Scottish Leaving Certificate Examination, 1956
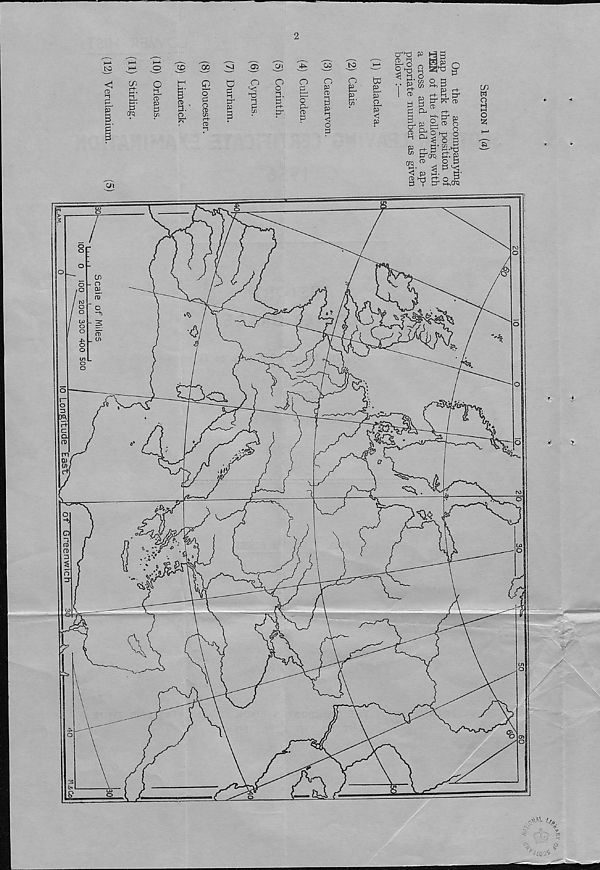
io Lon git ud e~ E asrT'V
of GreenwTcF